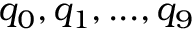
q _ { 0 } , q _ { 1 } , . . . , q _ { 9 }